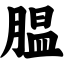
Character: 腽